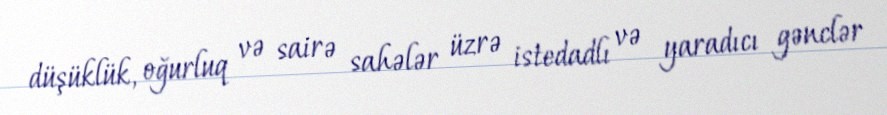
düşüklük, oğurluq və sairə sahələr üzrə istedadlı və yaradıcı gənclər